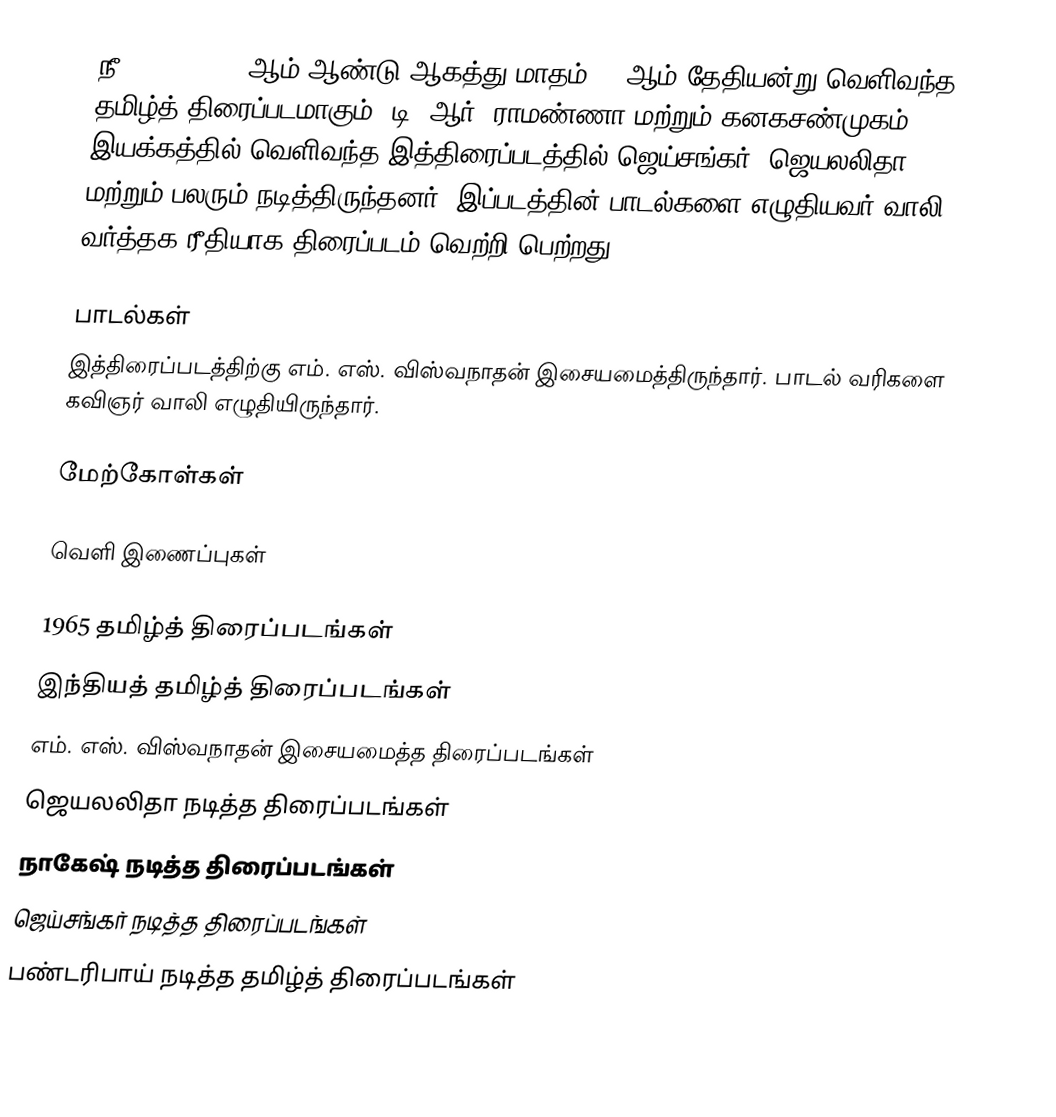
நீ (Nee!) 1965 ஆம் ஆண்டு ஆகத்து மாதம் 21 ஆம் தேதியன்று வெளிவந்த தமிழ்த் திரைப்படமாகும். டி. ஆர். ராமண்ணா மற்றும் கனகசண்முகம் இயக்கத்தில் வெளிவந்த இத்திரைப்படத்தில் ஜெய்சங்கர், ஜெயலலிதா மற்றும் பலரும் நடித்திருந்தனர். இப்படத்தின் பாடல்களை எழுதியவர் வாலி. வர்த்தக ரீதியாக திரைப்படம் வெற்றி பெற்றது.

பாடல்கள்
இத்திரைப்படத்திற்கு எம். எஸ். விஸ்வநாதன் இசையமைத்திருந்தார். பாடல் வரிகளை கவிஞர் வாலி எழுதியிருந்தார்.

மேற்கோள்கள்

வெளி இணைப்புகள்

1965 தமிழ்த் திரைப்படங்கள்
இந்தியத் தமிழ்த் திரைப்படங்கள்
எம். எஸ். விஸ்வநாதன் இசையமைத்த திரைப்படங்கள்
ஜெயலலிதா நடித்த திரைப்படங்கள்
நாகேஷ் நடித்த திரைப்படங்கள்
ஜெய்சங்கர் நடித்த திரைப்படங்கள்
பண்டரிபாய் நடித்த தமிழ்த் திரைப்படங்கள்